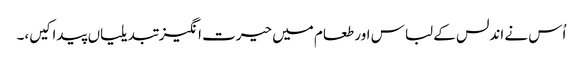
اُس نے اندلس کے لباس اور طعام میں حیرت انگیز تبدیلیاں پیدا کیں،۔